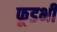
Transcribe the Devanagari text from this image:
फूडभी